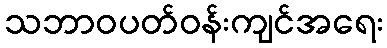
သဘာဝပတ်ဝန်းကျင်အရေး